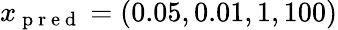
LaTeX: x_{\mathrm{~p~r~e~d~}}=(0.05,0.01,1,100)